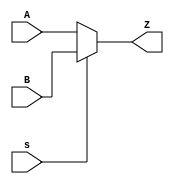
`timescale 1ns / 1ps
//1-bit 2-to-1 multiplexer
module mux2_1(A,B,Z,s);
input A,B;
input s;
output Z;
assign Z=(s==0)?A:B;
endmodule